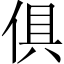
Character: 俱